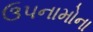
ઉપનામોના